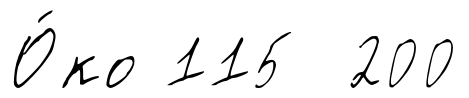
О́ко 115 200